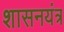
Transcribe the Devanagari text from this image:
शासनयंत्र